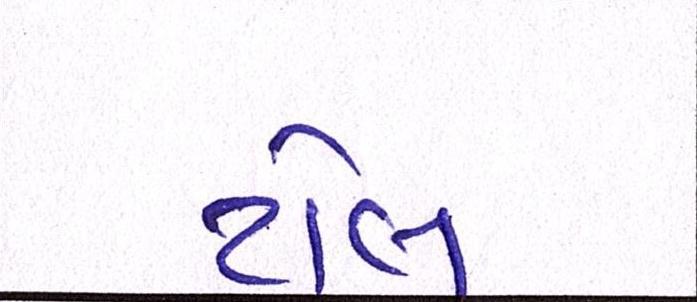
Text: ટોલ